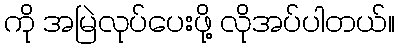
ကို အမြဲလုပ်ပေးဖို့ လိုအပ်ပါတယ်။